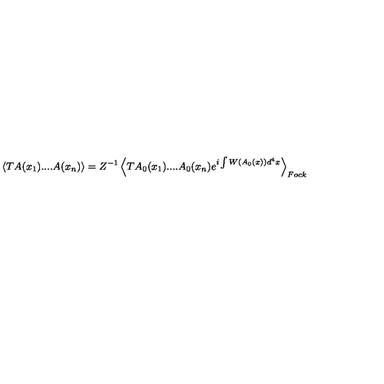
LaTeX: \left\langle T A ( x _ { 1 } ) . . . . A ( x _ { n } ) \right\rangle = Z ^ { - 1 } \left\langle T A _ { 0 } ( x _ { 1 } ) . . . . A _ { 0 } ( x _ { n } ) e ^ { i \int W ( A _ { 0 } ( x ) ) d ^ { 4 } x } \right\rangle _ { F o c k }